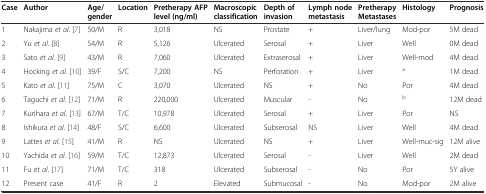
<table><thead><tr><td><b>Case</b></td><td><b>Author</b></td><td><b>Age/gender</b></td><td><b>Location</b></td><td><b>Pretherapy AFP level (ng/ml)</b></td><td><b>Macroscopic classification</b></td><td><b>Depth of invasion</b></td><td><b>Lymph node metastasis</b></td><td><b>Pretherapy Metastases</b></td><td><b>Histology</b></td><td><b>Prognosis</b></td></tr></thead><tbody><tr><td>1</td><td>Nakajima <i>et al</i>. [7]</td><td>50/M</td><td>R</td><td>3,018</td><td>NS</td><td>Prostate</td><td>+</td><td>Liver/lung</td><td>Mod-por</td><td>5M dead</td></tr><tr><td>2</td><td>Yu <i>et al</i>. [8]</td><td>54/M</td><td>R</td><td>5,126</td><td>Ulcerated</td><td>Serosal</td><td>+</td><td>Liver</td><td>Well</td><td>0M dead</td></tr><tr><td>3</td><td>Sato <i>et al</i>. [9]</td><td>43/M</td><td>R</td><td>7,060</td><td>Ulcerated</td><td>Extraserosal</td><td>+</td><td>Liver</td><td>Well-mod</td><td>4M dead</td></tr><tr><td>4</td><td>Hocking <i>et al</i>. [10]</td><td>39/F</td><td>S/C</td><td>7,200</td><td>NS</td><td>Perforation</td><td>+</td><td>Liver</td><td><sup>a</sup></td><td>1M dead</td></tr><tr><td>5</td><td>Kato <i>et al</i>. [11]</td><td>75/M</td><td>C</td><td>3,070</td><td>Ulcerated</td><td>NS</td><td>+</td><td>No</td><td>Por</td><td>4M dead</td></tr><tr><td>6</td><td>Taguchi <i>et al</i>. [12]</td><td>71/M</td><td>R</td><td>220,000</td><td>Ulcerated</td><td>Muscular</td><td>-</td><td>No</td><td><sup>b</sup></td><td>12M dead</td></tr><tr><td>7</td><td>Kurihara <i>et al</i>. [13]</td><td>67/M</td><td>T/C</td><td>10,978</td><td>Ulcerated</td><td>Serosal</td><td>+</td><td>Liver</td><td>Por</td><td>NS</td></tr><tr><td>8</td><td>Ishikura <i>et al</i>. [14]</td><td>48/F</td><td>S/C</td><td>6,600</td><td>Ulcerated</td><td>Subserosal</td><td>NS</td><td>Liver</td><td>Well</td><td>4M dead</td></tr><tr><td>9</td><td>Lattes <i>et al</i>. [15]</td><td>41/M</td><td>R</td><td>NS</td><td>Ulcerated</td><td>NS</td><td>+</td><td>Liver</td><td>Well-muc-sig</td><td>12M alive</td></tr><tr><td>10</td><td>Yachida <i>et al</i>. [16]</td><td>59/M</td><td>T/C</td><td>12,873</td><td>Ulcerated</td><td>Serosal</td><td>-</td><td>Liver</td><td>Well</td><td>2M dead</td></tr><tr><td>11</td><td>Fu <i>et al</i>. [17]</td><td>71/M</td><td>T/C</td><td>318</td><td>Ulcerated</td><td>Subserosal</td><td>-</td><td>No</td><td>Por</td><td>5Y alive</td></tr><tr><td>12</td><td>Present case</td><td>41/F</td><td>R</td><td>2</td><td>Elevated</td><td>Submucosal</td><td>-</td><td>No</td><td>Mod-por</td><td>2M alive</td></tr></tbody></table>